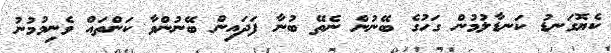
ކެޔޮގަނޑު ކަނޑާލުމުން ގަހުގެ ބޭނުން ނެތޭ ބުނާ ފަދައިން ބޭނުންވާ ކަންތައް ވެނިމުމުނު